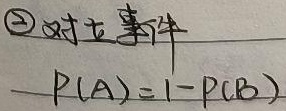
\textcircled{2} 对立事件 \(P(A)=1 - P(B)\)